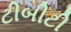
ટીબીટી